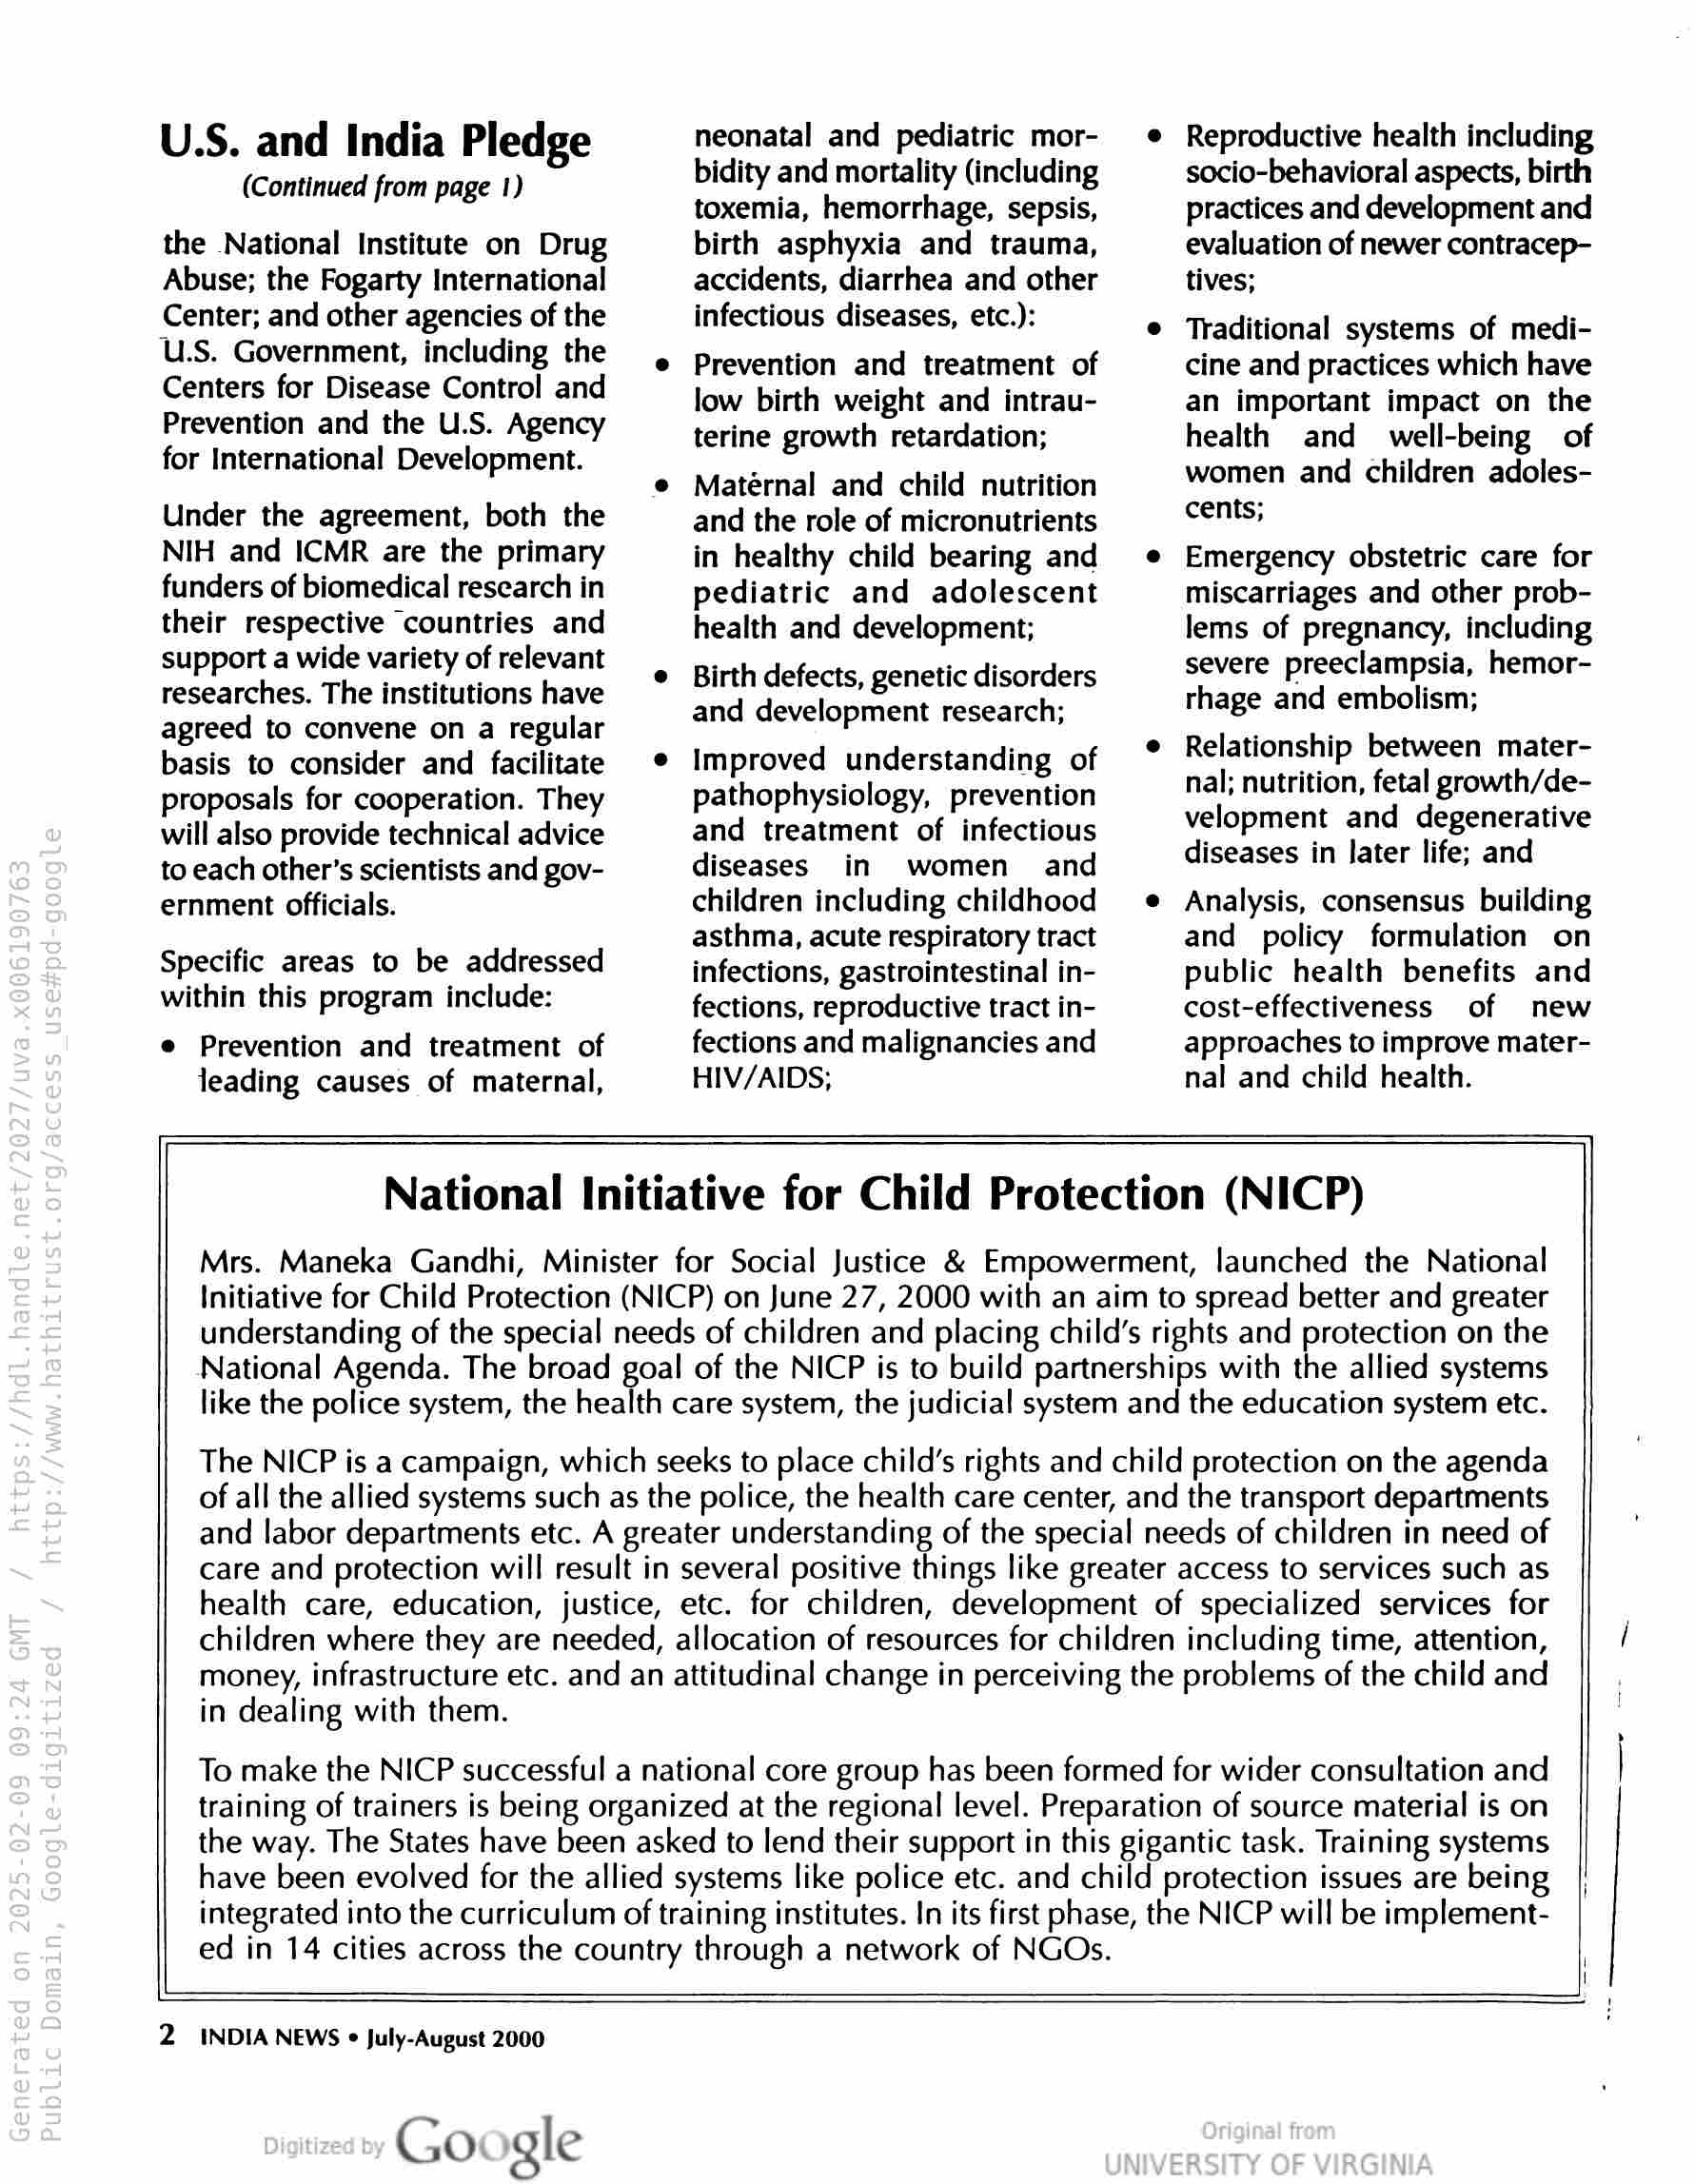
U.S. and India Pledge

(Continued from page 1)

the National Institute on Drug
Abuse; the Fogarty International
Center; and other agencies of the
U.S. Government, including the
Centers for Disease Control and
Prevention and the U.S. Agency
for International Development.

Under the agreement, both the
NIH and ICMR are the primary
funders of biomedical research in
their respective countries and
support a wide variety of relevant
researches. The institutions have
agreed to convene on a regular
basis to consider and facilitate
proposals for cooperation. They
will also provide technical advice
to each other's scientists and gov-
ernment officials.

Specific areas to be addressed
within this program include:

e Prevention and treatment of
leading causes of maternal,

neonatal and pediatric mor-
bidity and mortality (including
toxemia, hemorrhage, sepsis,
birth asphyxia and trauma,
accidents, diarrhea and other
infectious diseases, etc.):

Prevention and treatment of
low birth weight and intrau-
terine growth retardation;

Matérnal and child nutrition
and the role of micronutrients
in healthy child bearing and
pediatric and adolescent
health and development;

Birth defects, genetic disorders
and development research;

Improved understanding of
pathophysiology, prevention
and treatment of infectious
diseases in women and
children including childhood
asthma, acute respiratory tract
infections, gastrointestinal in-
fections, reproductive tract in-
fections and malignancies and
HIV/AIDS;

Reproductive health including
socio-behavioral aspects, birth
practices and development and
evaluation of newer contracep-
tives;

Traditional systems of medi-
cine and practices which have
an important impact on the
health and well-being of
women and children adoles-
cents;

Emergency obstetric care for
miscarriages and other prob-
lems of pregnancy, including
severe preeclampsia, hemor-
rhage and embolism;

Relationship between mater-
nal; nutrition, fetal growth/de-
velopment and degenerative
diseases in later life; and

Analysis, consensus building
and policy formulation on
public health benefits and
cost-effectiveness of new
approaches to improve mater-
nal and child health.

National Initiative for Child Protection (NICP)

Mrs. Maneka Gandhi, Minister for Social Justice & Empowerment, launched the National
Initiative for Child Protection (NICP) on June 27, 2000 with an aim to spread better and greater
understanding of the special needs of children and placing child’s rights and protection on the
National Agenda. The broad goal of the NICP is to build partnerships with the allied systems
like the police system, the health care system, the judicial system and the education system etc.

The NICP is a campaign, which seeks to place child’s rights and child protection on the agenda
of all the allied systems such as the police, the health care center, and the transport departments
and labor departments etc. A greater understanding of the special needs of children in need of
care and protection will result in several positive things like greater access to services such as
health care, education, justice, etc. for children, development of specialized services for
children where they are needed, allocation of resources for children including time, attention,
money, infrastructure etc. and an attitudinal change in perceiving the problems of the child and
in dealing with them.

To make the NICP successful a national core group has been formed for wider consultation and
training of trainers is being organized at the regional level. Preparation of source material is on
the way. The States have been asked to lend their support in this gigantic task. Training systems
have been evolved for the allied systems like police etc. and child protection issues are being
integrated into the curriculum of training institutes. In its first phase, the NICP will be implement-
ed in 14 cities across the country through a network of NGOs.

INDIA NEWS « July-August 2000

Google